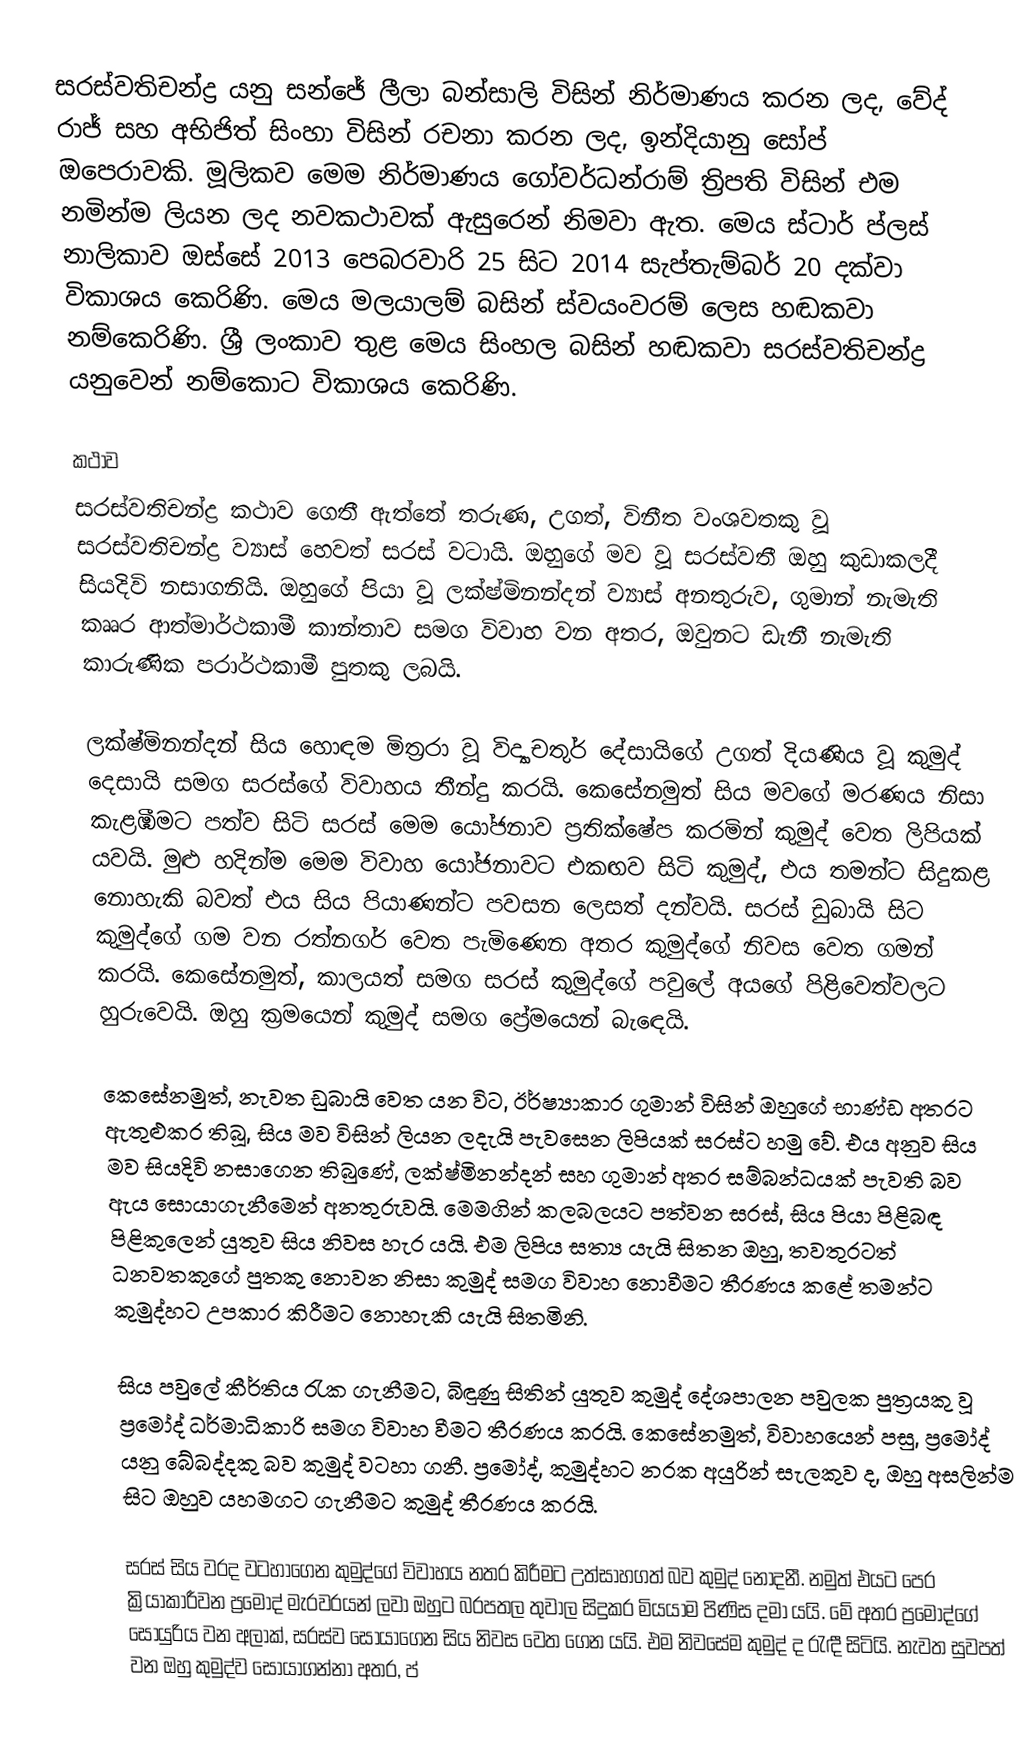
සරස්වතිචන්ද්‍ර යනු සන්ජේ ලීලා බන්සාලි විසින් නිර්මාණය කරන ලද, වේද් රාජ් සහ අභිජිත් සිංහා විසින් රචනා කරන ලද, ඉන්දියානු සෝප් ඔපෙරාවකි. මූලිකව මෙම නිර්මාණය ගෝවර්ධන්රාම් ත්‍රිපති විසින් එම නමින්ම ලියන ලද නවකථාවක් ඇසුරෙන් නිමවා ඇත. මෙය ස්ටාර් ප්ලස් නාලිකාව ඔස්සේ 2013 පෙබරවාරි 25 සිට 2014 සැප්තැම්බර් 20 දක්වා විකාශය කෙරිණි. මෙය මලයාලම් බසින් ස්වයංවරම් ලෙස හඬකවා නම්කෙරිණි. ශ්‍රී ලංකාව තුළ මෙය සිංහල බසින් හඬකවා සරස්වතිචන්ද්‍ර යනුවෙන් නම්කොට විකාශය කෙරිණි.

කථාව
සරස්වතිචන්ද්‍ර කථාව ගෙතී ඇත්තේ තරුණ, උගත්, විනීත වංශවතකු වූ සරස්වතිචන්ද්‍ර ව්‍යාස් හෙවත් සරස් වටායි. ඔහුගේ මව වූ සරස්වතී ඔහු කුඩාකලදී සියදිවි නසාගනියි. ඔහුගේ පියා වූ ලක්ෂ්මිනන්දන් ව්‍යාස් අනතුරුව, ගුමාන් නැමැති කෲර ආත්මාර්ථකාමී කාන්තාව සමග විවාහ වන අතර, ඔවුනට ඩැනී නැමැති කාරුණික පරාර්ථකාමී පුතකු ලබයි.

ලක්ෂ්මිනන්දන් සිය හොඳම මිත්‍රරා වූ විද්‍යාචතුර් දේසායිගේ උගත් දියණිය වූ කුමුද් දෙසායි සමග සරස්ගේ විවාහය තීන්දු කරයි. කෙසේනමුත් සිය මවගේ මරණය නිසා කැළඹීමට පත්ව සිටි සරස් මෙම යෝජනාව ප්‍රතික්ෂේප කරමින් කුමුද් වෙත ලිපියක් යවයි. මුළු හදින්ම මෙම විවාහ යෝජනාවට එකඟව සිටි කුමුද්, එය තමන්ට සිදුකළ නොහැකි බවත් එය සිය පියාණන්ට පවසන ලෙසත් දන්වයි. සරස් ඩුබායි සිට කුමුද්ගේ ගම වන රත්නගර් වෙත පැමිණෙන අතර කුමුද්ගේ නිවස වෙත ගමන් කරයි. කෙසේනමුත්, කාලයත් සමග සරස් කුමුද්ගේ පවුලේ අයගේ පිළිවෙත්වලට හුරුවෙයි. ඔහු ක්‍රමයෙන් කුමුද් සමග ප්‍රේමයෙන් බැ‍‍‍ඳෙයි.

කෙසේනමුත්, නැවත ඩුබායි වෙත යන විට, ඊර්ෂ්‍යාකාර ගුමාන් විසින් ඔහුගේ භාණ්ඩ අතරට ඇතුළුකර තිබූ, සිය මව විසින් ලියන ලදැයි පැවසෙන ලිපියක් සරස්ට හමු වේ. එය අනුව සිය මව සියදිවි නසාගෙන තිබුණේ, ලක්ෂ්මිනන්දන් සහ ගුමාන් අතර සම්බන්ධයක් පැවති බව ඇය සොයාගැනීමෙන් අනතුරුවයි. මෙමගින් කලබලයට පත්වන සරස්, සිය පියා පිළිබඳ පිළිකුලෙන් යුතුව සිය නිවස හැර යයි. එම ලිපිය සත්‍ය යැයි සිතන ඔහු, තවතුරටත් ධනවතකුගේ පුතකු නොවන නිසා කුමුද් සමග විවාහ නොවීමට තීරණය කළේ තමන්ට කුමුද්හට උපකාර කිරීමට නොහැකි යැයි සිතමිනි.

සිය පවුලේ කීර්තිය රැක ගැනීමට, බිඳුණු සිතින් යුතුව කුමුද් දේශපාලන පවුලක පුත්‍රයකු වූ ප්‍රමෝද් ධර්මාධිකාරි සමග විවාහ වීමට තීරණය කරයි. කෙසේනමුත්, විවාහයෙන් පසු, ප්‍රමෝද් යනු බේබද්දකු බව කුමුද් වටහා ගනී. ප්‍රමෝද්, කුමුද්හට නරක අයුරින් සැලකුව ද, ඔහු අසලින්ම සිට ඔහුව යහමගට ගැනීමට කුමුද් තීරණය කරයි.

සරස් සිය වරද වටහාගෙන කුමුද්ගේ විවාහය නතර කිරීමට උත්සාහගත් බව කුමුද් නොදනී. නමුත් එයට පෙර ක්‍රියාකාරීවන ප්‍රමෝද් මැරවරයන් ලවා ඔහුට බරපතල තුවාල සිදුකර මියයාම පිණිස දමා යයි. මේ අතර ප්‍රමෝද්ගේ සොයුරිය වන අලාක්, සරස්ව සොයාගෙන සිය නිවස වෙත ගෙන යයි. එම නිවසේම කුමුද් ද රැඳී සිටියි. නැවත සුවපත් වන ඔහු කුමුද්ව සොයාගන්නා අතර, ප්‍